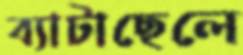
ব্যাটাছেলে